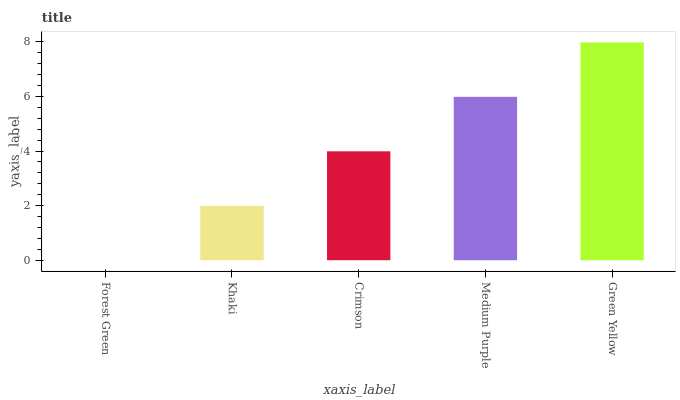
| xaxis_label | bars |
 | --- | --- |
 | Forest Green | 0 |
 | Khaki | 2 |
 | Crimson | 3.99 |
 | Medium Purple | 5.99 |
 | Green Yellow | 7.98 |